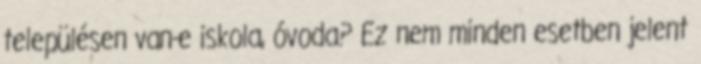
településen van-e iskola, óvoda? Ez nem minden esetben jelent